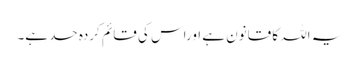
یہ اللہ کا قانون ہے اوراس کی قائم کردہ حد ہے۔